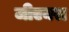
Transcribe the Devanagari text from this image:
जीएक्स